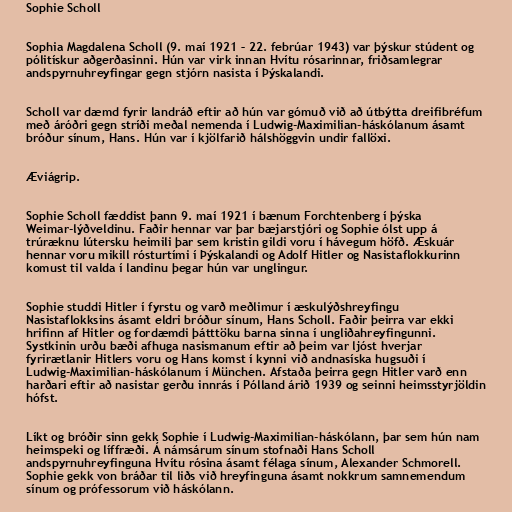
Sophie Scholl

Sophia Magdalena Scholl (9. maí 1921 – 22. febrúar 1943) var þýskur stúdent og
pólitískur aðgerðasinni. Hún var virk innan Hvítu rósarinnar, friðsamlegrar
andspyrnuhreyfingar gegn stjórn nasista í Þýskalandi.

Scholl var dæmd fyrir landráð eftir að hún var gómuð við að útbýtta dreifibréfum
með áróðri gegn stríði meðal nemenda í Ludwig-Maximilian-háskólanum ásamt
bróður sínum, Hans. Hún var í kjölfarið hálshöggvin undir fallöxi.

Æviágrip.

Sophie Scholl fæddist þann 9. maí 1921 í bænum Forchtenberg í þýska
Weimar-lýðveldinu. Faðir hennar var þar bæjarstjóri og Sophie ólst upp á
trúræknu lútersku heimili þar sem kristin gildi voru í hávegum höfð. Æskuár
hennar voru mikill rósturtími í Þýskalandi og Adolf Hitler og Nasistaflokkurinn
komust til valda í landinu þegar hún var unglingur.

Sophie studdi Hitler í fyrstu og varð meðlimur í æskulýðshreyfingu
Nasistaflokksins ásamt eldri bróður sínum, Hans Scholl. Faðir þeirra var ekki
hrifinn af Hitler og fordæmdi þátttöku barna sinna í ungliðahreyfingunni.
Systkinin urðu bæði afhuga nasismanum eftir að þeim var ljóst hverjar
fyrirætlanir Hitlers voru og Hans komst í kynni við andnasíska hugsuði í
Ludwig-Maximilian-háskólanum í München. Afstaða þeirra gegn Hitler varð enn
harðari eftir að nasistar gerðu innrás í Pólland árið 1939 og seinni heimsstyrjöldin
hófst.

Líkt og bróðir sinn gekk Sophie í Ludwig-Maximilian-háskólann, þar sem hún nam
heimspeki og líffræði. Á námsárum sínum stofnaði Hans Scholl
andspyrnuhreyfinguna Hvítu rósina ásamt félaga sínum, Al­ex­and­er Schmor­ell.
Sophie gekk von bráðar til liðs við hreyfinguna ásamt nokkrum samnemendum
sínum og prófessorum við háskólann.